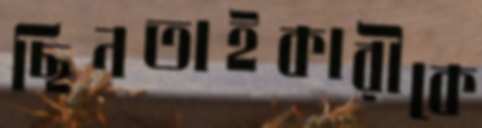
ছিনতাইকারীকে